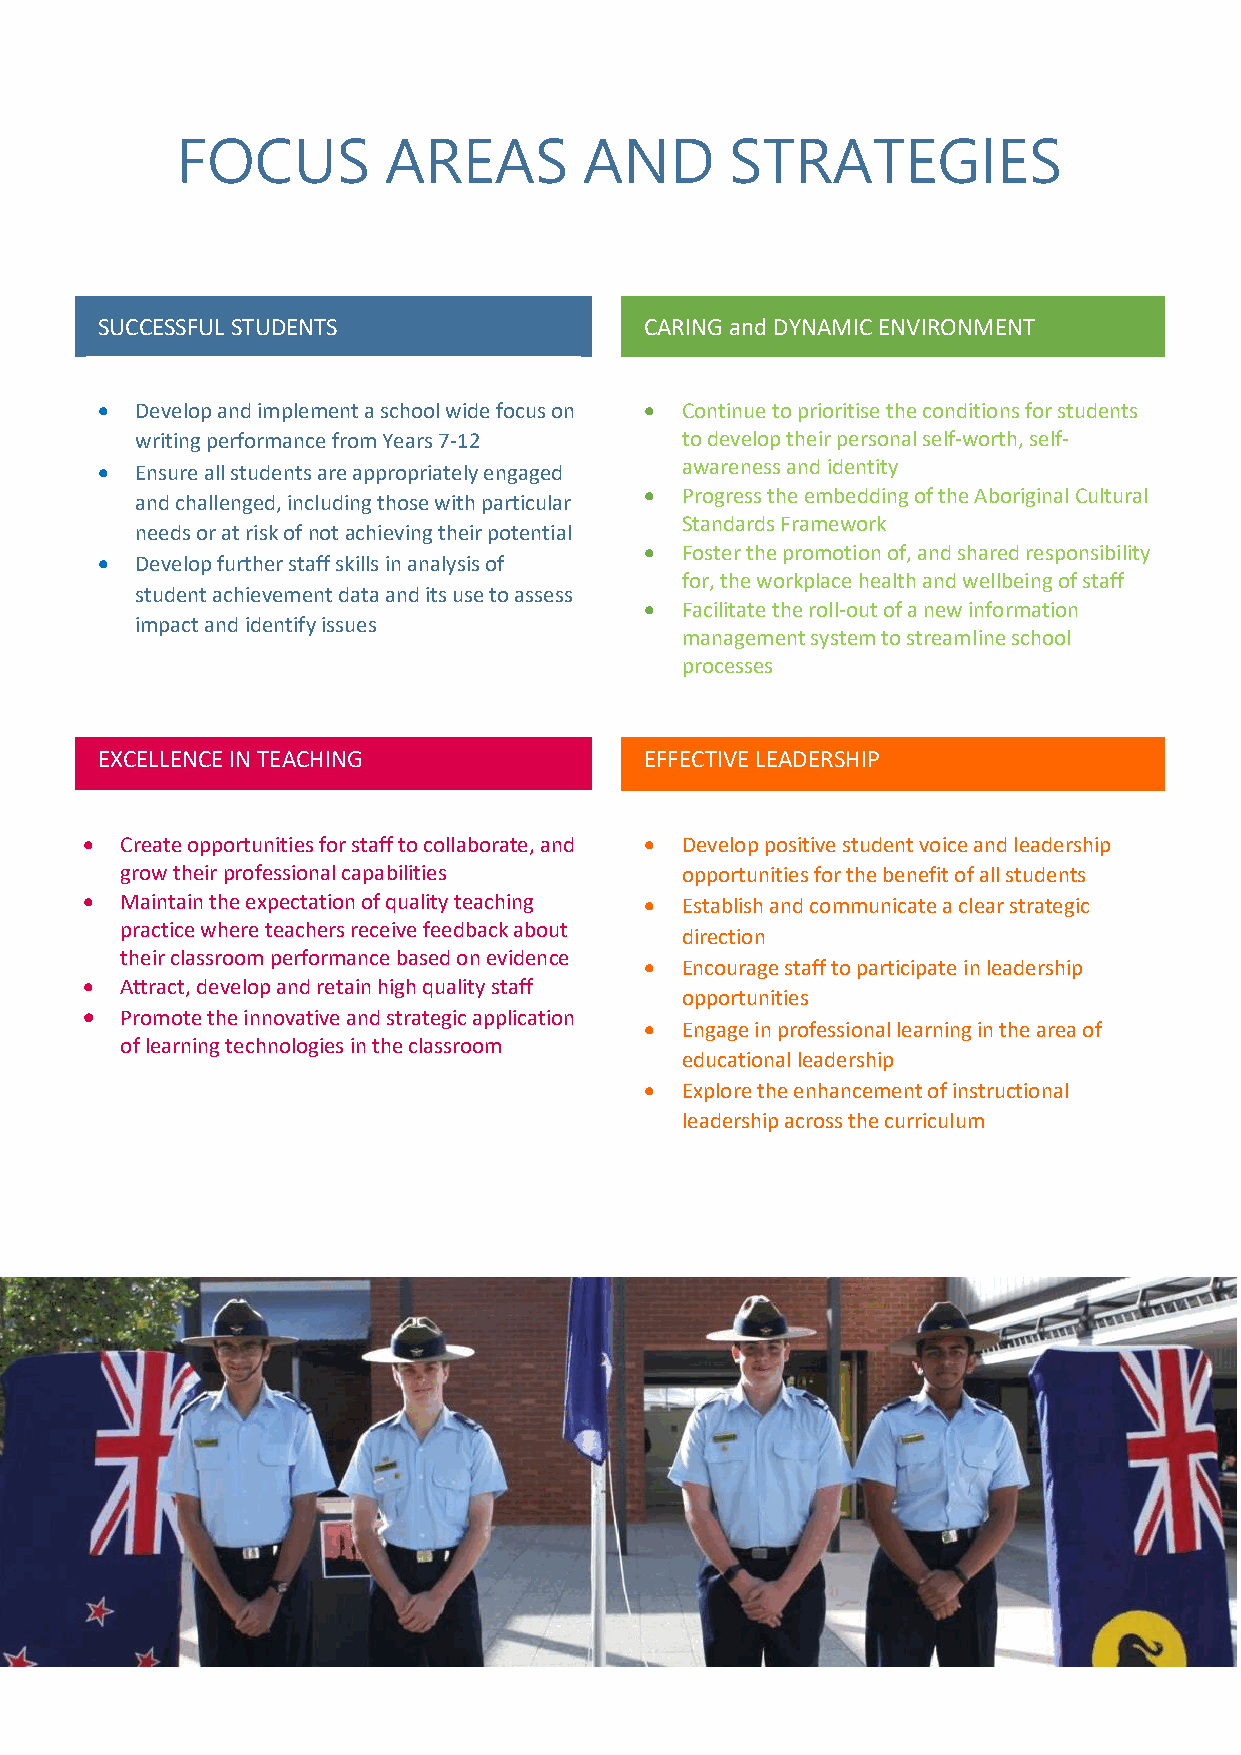
FOCUS        AREAS         AND      STRATEGIES
 SUCCESSFUL STUDENTS                  CARING and DYNAMIC ENVIRONMENT
   Develop and implement a school wide focus on  Continue to prioritise the conditions for students
 writing performance from Years 7-12 to develop their personal self-worth, self-
   Ensure all students are appropriately engaged awareness and identity
  Progress the embedding of the Aboriginal Cultural
 and challenged, including those with particular
 Standards Framework
 needs or at risk of not achieving their potential
  Foster the promotion of, and shared responsibility
   Develop further staff skills in analysis of
 for, the workplace health and wellbeing of staff
 student achievement data and its use to assess
  Facilitate the roll-out of a new information
 impact and identify issues
 management system to streamline school
 processes
 EXCELLENCE IN TEACHING               EFFECTIVE LEADERSHIP
   Create opportunities for staff to collaborate, and  Develop positive student voice and leadership
 grow their professional capabilities opportunities for the benefit of all students
   Maintain the expectation of quality teaching  Establish and communicate a clear strategic
 practice where teachers receive feedback about
 direction
 their classroom performance based on evidence
  Encourage staff to participate in leadership
   Attract, develop and retain high quality staff
 opportunities
   Promote the innovative and strategic application
  Engage in professional learning in the area of
 of learning technologies in the classroom
 educational leadership
  Explore the enhancement of instructional
 leadership across the curriculum